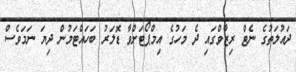
ދައުލަތުގެ ނެޓް ރިޒާވްގައި ދެ މަހުގެ އިމްޕޯޓަށްވާ ޑޮލަރު ބަހައްޓަމުން ދިޔަ ނަމަވެސް